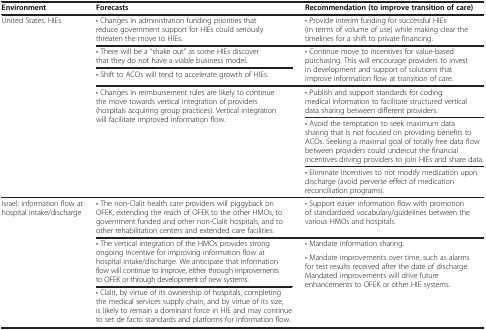
<table><thead><tr><td><b>Environment</b></td><td><b>Forecasts</b></td><td><b>Recommendation (to improve transition of care)</b></td></tr></thead><tbody><tr><td rowspan="6">United States: HIEs</td><td>• Changes in administration funding priorities that reduce government support for HIEs could seriously threaten the move to HIEs.</td><td>• Provide interim funding for successful HIEs (in terms of volume of use) while making clear the timelines for a shift to private financing.</td></tr><tr><td>• There will be a “shake out” as some HIEs discover that they do not have a viable business model.</td><td rowspan="2">• Continue move to incentives for value-based purchasing. This will encourage providers to invest in development and support of solutions that improve information flow at transition of care.</td></tr><tr><td>• Shift to ACOs will tend to accelerate growth of HIEs.</td></tr><tr><td rowspan="3">• Changes in reimbursement rules are likely to continue the move towards vertical integration of providers (hospitals acquiring group practices). Vertical integration will facilitate improved information flow.</td><td>• Publish and support standards for coding medical information to facilitate structured vertical data sharing between different providers.</td></tr><tr><td>• Avoid the temptation to seek maximum data sharing that is not focused on providing benefits to ACOs. Seeking a maximal goal of totally free data flow between providers could undercut the financial incentives driving providers to join HIEs and share data.</td></tr><tr><td>• Eliminate incentives to not modify medication upon discharge (avoid perverse effect of medication reconciliation programs).</td></tr><tr><td rowspan="4">Israel: information flow at hospital intake/discharge</td><td>• The non-Clalit health care providers will piggyback on OFEK, extending the reach of OFEK to the other HMOs, to government funded and other non-Clalit hospitals, and to other rehabilitation centers and extended care facilities.</td><td>• Support easier information flow with promotion of standardized vocabulary/guidelines between the various HMOs and hospitals.</td></tr><tr><td rowspan="2">• The vertical integration of the HMOs provides strong ongoing incentive for improving information flow at hospital intake/discharge. We anticipate that information flow will continue to improve, either through improvements to OFEK or through development of new systems.</td><td>• Mandate information sharing.</td></tr><tr><td rowspan="2">• Mandate improvements over time, such as alarms for test results received after the date of discharge. Mandated improvements will drive future enhancements to OFEK or other HIE systems.</td></tr><tr><td>• Clalit, by virtue of its ownership of hospitals, completing the medical services supply chain, and by virtue of its size, is likely to remain a dominant force in HIE and may continue to set de facto standards and platforms for information flow.</td></tr></tbody></table>